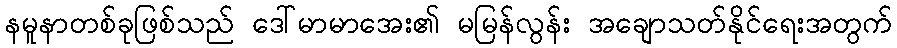
နမူနာတစ်ခုဖြစ်သည် ဒေါ်မာမာအေး၏ မမြန်လွန်း အချောသတ်နိုင်ရေးအတွက်